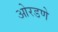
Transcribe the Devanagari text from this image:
ओरडणे